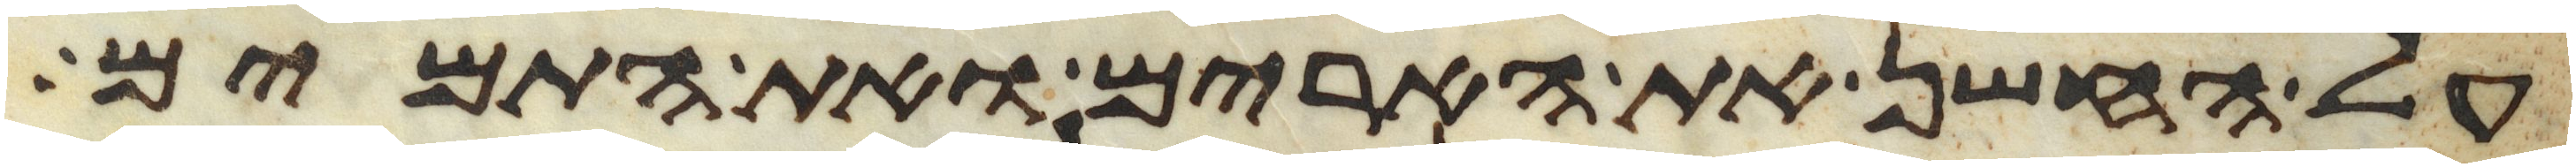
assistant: על החשן את הארים ואת התמים